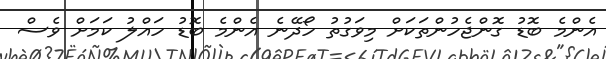
އެންމެ ބޮޑު ގޮންޖެހުންތަކަށް މިވަގުތު ހޯދޭނެ އެންމެ ބޮޑު ހައްލު ކަމަށް ވެސް